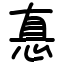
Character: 惪